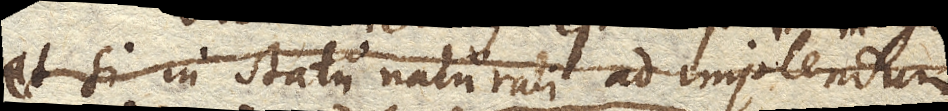
et si in statu naturali ad implendum